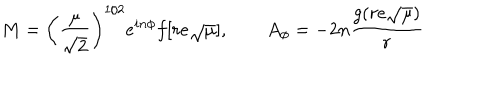
LaTeX: M = \left( \frac { \mu } { \sqrt { 2 } } \right) ^ { 1 / 2 } e ^ { i n \phi } f [ r e \sqrt { \mu } ] , \qquad A _ { \phi } = - 2 n \frac { g ( r e \sqrt { \mu } ) } { r }